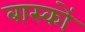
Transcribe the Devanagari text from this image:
बास्कों